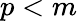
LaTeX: p<m